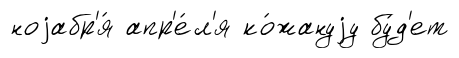
ноjабр'я́ апр'е́л'я ко́жануjу бу́д'ет